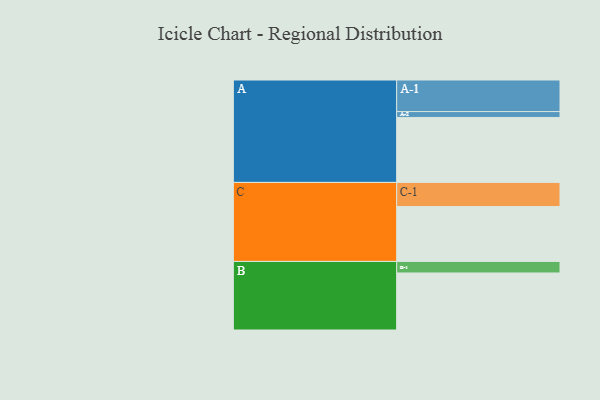
{"axis": {"x": "Segment", "y": "Value"}, "legend": ["", "A", "B", "C"], "data": [{"x": "A", "y": 564, "type": ""}, {"x": "B", "y": 495, "type": ""}, {"x": "C", "y": 477, "type": ""}, {"x": "A-1", "y": 274, "type": "A"}, {"x": "A-2", "y": 51, "type": "A"}, {"x": "B-1", "y": 100, "type": "B"}, {"x": "C-1", "y": 209, "type": "C"}]}